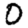
Digit: 0